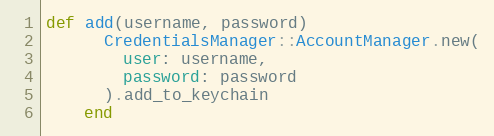
Language: Ruby
def add(username, password)
      CredentialsManager::AccountManager.new(
        user: username,
        password: password
      ).add_to_keychain
    end